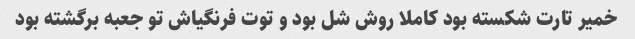
خمیر تارت شکسته بود کاملا روش شل بود و توت فرنگیاش تو جعبه برگشته بود